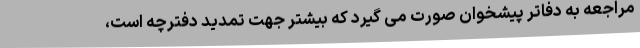
مراجعه به دفاتر پیشخوان صورت می گیرد که بیشتر جهت تمدید دفترچه است،